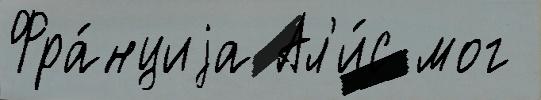
Фра́нциjа Ал'и́с мог